Medical and sanitary report of the native army of Madras for the year
Year: 1878
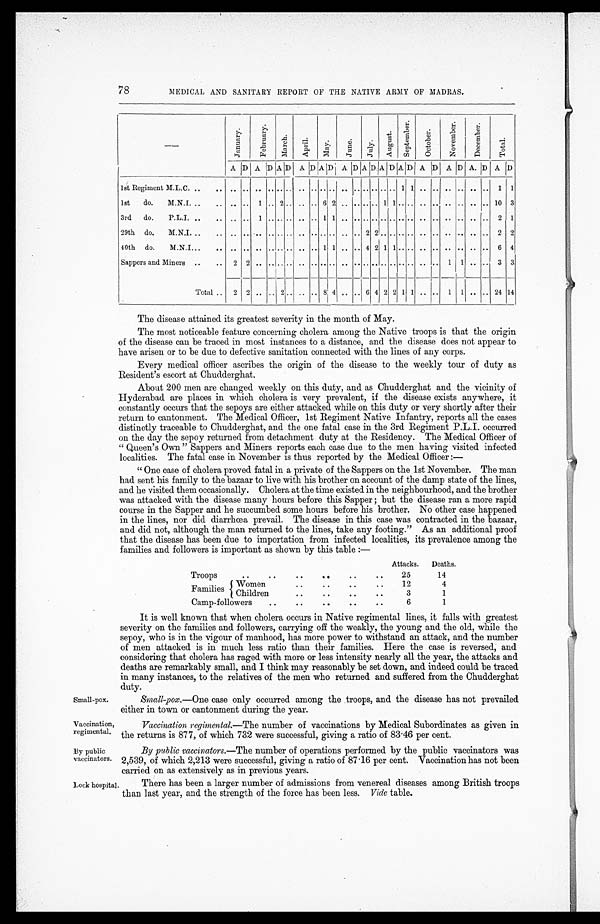
78
MEDICAL AND SANITARY REPORT OF THE NATIVE ARMY OF MADRAS.
—
J a n u a r y .
F e b r u a r y .
M a r c h .
A p r i l .
M a y .
J u n e .
J u l y .
A u g u s t .
S e p t e m b e r .
O c t o b e r .
N o v e r m b e r .
D e c e m b e r .
T o t a l .
A . D . A .
D . A . D . A . D . A . D . A . D . A . D . A . D . A . D . A . D . A . D . A . D . A . D .
1st Regiment M.L.C. ..
.. .. .. .. .. .. .. .. .. .. .. .. .. .. ..
. .
.. 1 1 .. .. .. .. .. .. 1 1
1st do.
M.N.I. ..
. .
. .
.. 1 ..
2 . .
.. .. 6 2 ..
. . . .
.. 1 1 ..
. .
.. .. .. .. .. .. 10 3
3rd
do.
P.L.I.
..
. .
. .
. . 1
. . . . . . . .
. . 1 1 . . . . . . . . . . . . . . . . . .
. . . .
. . . .
. . 2
1
29th do.
M.N.I. ..
.. .. ..
. .
. . . . . . . .
. . . . . . . . . . 2 2 . . . . . . . . . .
. . . .
. . . .
. . 2
2
40th do.
M.N.I...
.. .. .. ..
. . . . . .
.. .. 1 1 .. .. 4 2 1 1 .. .. .. .. .. .. .. .. 6 4
Sappers and Miners ..
.. 2 2 ..
. . . . . . . . . . . . . . . . . . . . . . . . . . . . . . . .
.. 1 1 .. .. 3 3
Total .. 2 2 .. ..
2
.. .. .. 8 4 .. ..
6
4 2 2 1 1 .. .. 1 1 .. .. 24 14
The disease attained its greatest severity in the month of May.
The most noticeable feature concerning cholera among the Native troops is that the origin
of the disease can be traced in most instances to a distance, and the disease does not appear to
have arisen or to be due to defective sanitation connected with the lines of any corps.
Every medical officer ascribes the origin of the disease to the weekly tour of duty as
Resident's escort at Chudderghat.
About 200 men are changed weekly on this duty, and as Chudderghat and the vicinity of
Hyderabad are places in which cholera is very prevalent, if the disease exists anywhere, it
constantly occurs that the sepoys are either attacked while on this duty or very shortly after their
return to cantonment. The Medical Officer, 1st Regiment Native Infantry, reports all the cases
distinctly traceable to Chudderghat, and the one fatal case in the 3rd Regiment P.L.I. occurred
on the day the sepoy returned from detachment duty at the Residency. The Medical Officer of
" Queen's Own " Sappers and Miners reports each case due to the men having visited infected
localities. The fatal ease in November is thus reported by the Medical Officer :—
" One case of cholera proved fatal in a private of the Sappers on the 1st November. The man
had sent his family to the bazaar to live with his brother on account of the damp state of the lines,
and he visited them occasionally. Cholera at the time existed in the neighbourhood, and the brother
was attacked with the disease many hours before this Sapper ; but the disease ran a more rapid
course in the Sapper and he succumbed some hours before his brother. No other case happened
in the lines, nor did diarrhoea prevail. The disease in this case was contracted in the bazaar,
and did not, although the man returned to the lines, take any footing." As an additional proof
that the disease has been due to importation from infected localities, its prevalence among the
families and followers is important as shown by this table :—
Attacks. Deaths.
Troops
..
. .
. .
. .
..
. .
2
14
Families
Women
. .
. .
..
. .
12
4
Children
..
. .
. .
. .
3
1
Camp-followers
. .
..
. .
. .
. .
6
1
Small-pox.
Vaccination,
regimental.
By public
vaccinators.
Lock hospital.
It is well known that when cholera occurs in Native regimental lines, it falls with greatest
severity on the families and followers, carrying off the weakly, the young and the old, while the
sepoy, who is in the vigour of manhood, has more power to withstand an attack, and the number
of men attacked is in much less ratio than their families. Here the case is reversed, and
considering that cholera has raged with more or less intensity nearly all the year, the attacks and
deaths are remarkably small, and I think may reasonably be set down, and indeed could be traced
in many instances, to the relatives of the men who returned and suffered from the Chudderghat
duty.
Small-pox .—One case only occurred among the troops, and the disease has not prevailed
either in town or cantonment during the year.
Vaccination regimental.—The number of vaccinations by Medical Subordinates as given in
the returns is 877, of which 732 were successful, giving a ratio of 83.46 per cent.
By public vaccinators .—The number of operations performed by the public vaccinators was
2,539, of which 2,213 were successful, giving a ratio of 87 . 16 per cent. Vaccination has not been
carried on as extensively as in previous years.
There has been a larger number of admissions from venereal diseases among British troops
than last year, and the strength of the force has been less. Vide table.